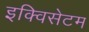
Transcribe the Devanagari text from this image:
इक्विसेटम